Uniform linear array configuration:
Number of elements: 4
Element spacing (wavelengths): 0.25
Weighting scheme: blackman
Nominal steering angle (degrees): -15
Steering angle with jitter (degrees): -14.905
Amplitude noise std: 0.05
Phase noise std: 0.05

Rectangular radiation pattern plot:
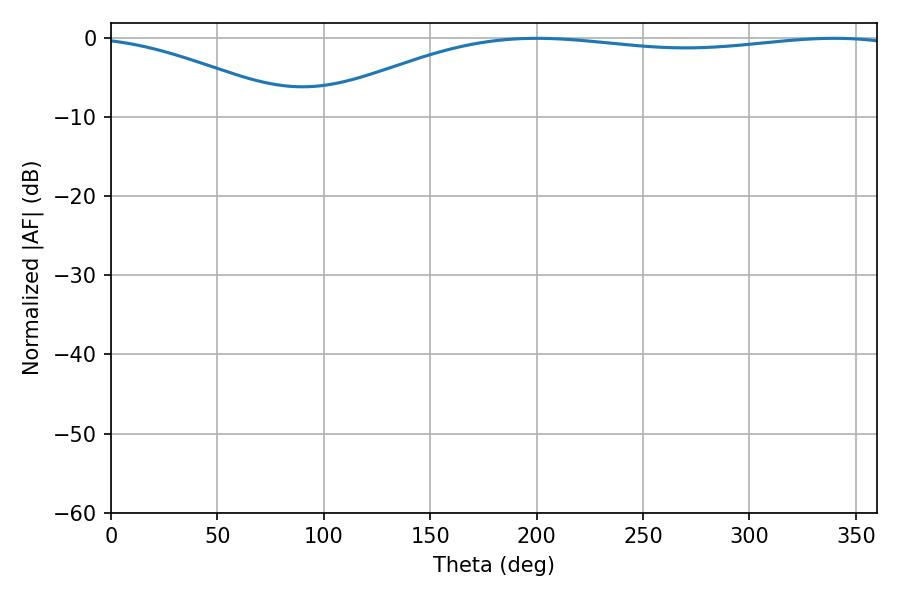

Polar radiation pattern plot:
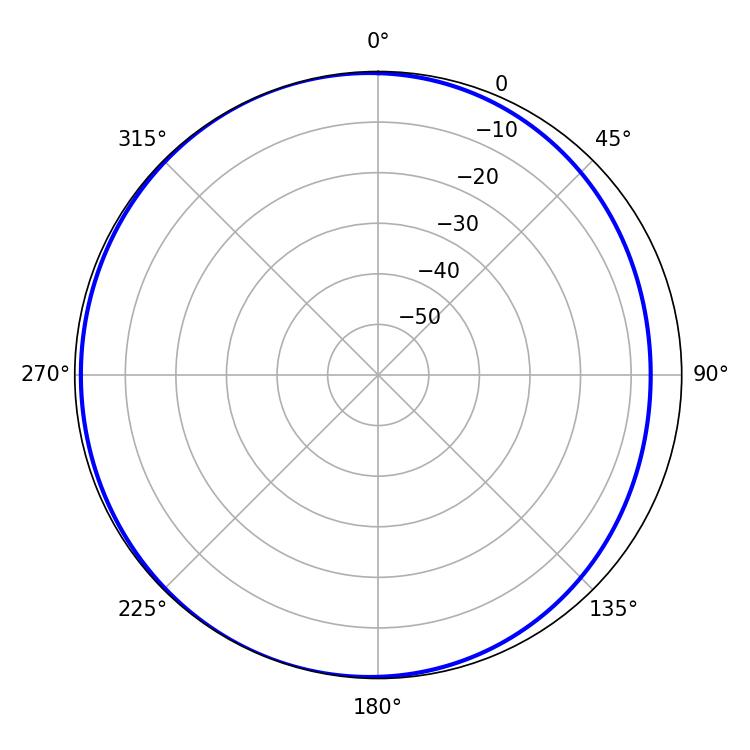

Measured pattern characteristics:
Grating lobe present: FALSE
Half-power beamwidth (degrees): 221.04
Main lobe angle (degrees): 199.98